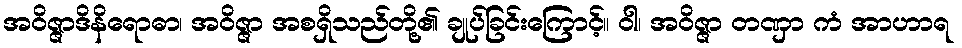
အဝိဇ္ဇာဒိနိရောဓာ၊ အဝိဇ္ဇာ အစရှိသည်တို့၏ ချုပ်ခြင်းကြောင့်။ ဝါ၊ အဝိဇ္ဇာ တဏှာ ကံ အာဟာရ